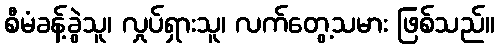
စီမံခန့်ခွဲသူ၊ လှုပ်ရှားသူ၊ လက်တွေ့သမား ဖြစ်သည်။